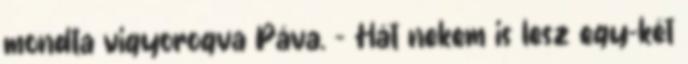
mondta vigyorogva Páva. - Hát nekem is lesz egy-két